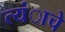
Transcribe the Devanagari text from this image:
त्यंाचे